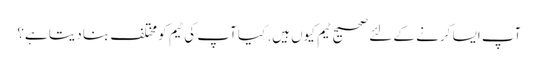
آپ ایسا کرنے کے لئے صحیح ٹیم کیوں ہیں. کیا آپ کی ٹیم کو مختلف بنا دیتا ہے؟